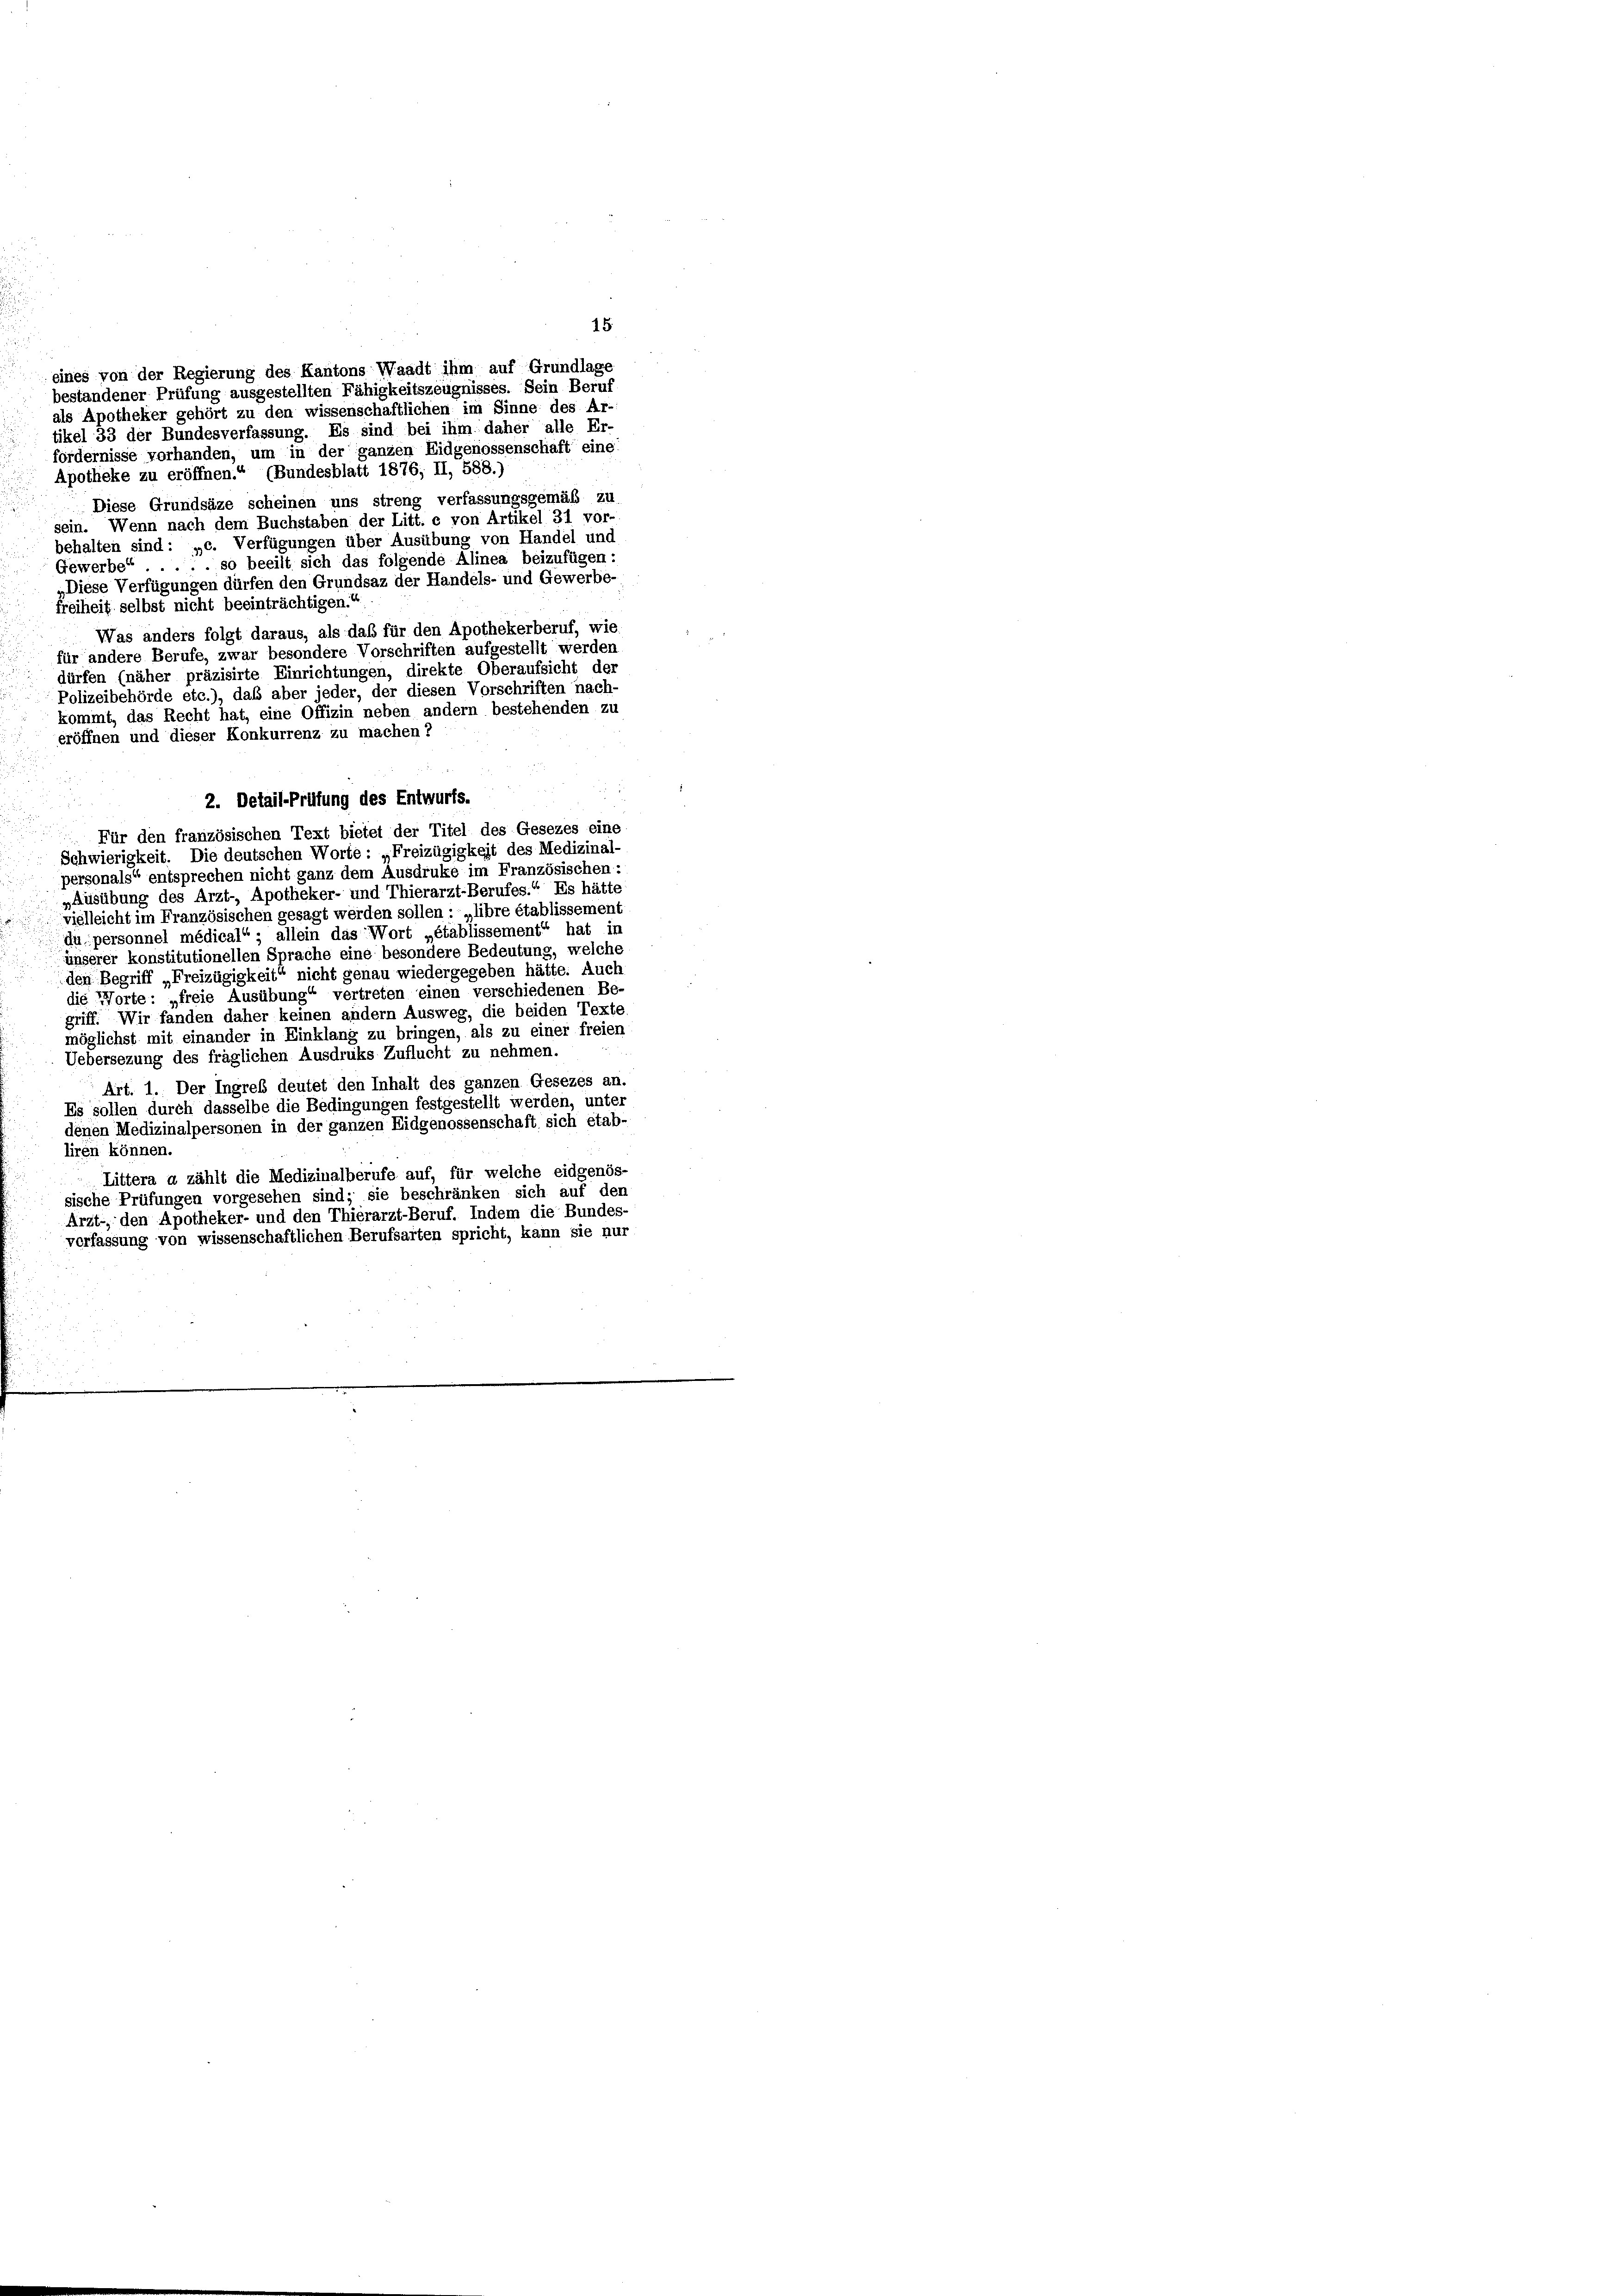
als Apotheker gehört zu den wissenschaftlichen im Sinne des Ar-
tikel 33 der Bundesverfassung. Es sind bei ihm daher alle Er-
fordernisse vorhanden, um in der ganzen Eidgenossenschaft eine
Apotheke zu eröffnen.“ (Bundesblatt 1876; II, 588.)
Diese Grundsäze scheinen uns streng verfassungsgemäß zu
sein. Wenn nach dem Buchstaben der Litt. e von Artikel 31 vor-
behalten sind: „c. Verfügungen über Ausübung von Handel und
Gewerbe . . . so beeilt sich das folgende Alinea beizufügen:
„Diese Verfügungen dürfen den Grundsaz der Handels- und Gewerbe
freiheit selbst nicht beeinträchtigen. E
Was anders folgt daraus, als daß für den Apothekerberuf, wie
für andere Berufe, zwar besondere Vorschriften aufgestellt werden
dürfen (näher präzisirte Einrichtungen, direkte Oberaufsicht der
Polizeibehörde etc.), daß aber jeder, der diesen Vorschriften nach-
kommt, das Recht hat, eine Offizin neben andern bestehenden zu
eröffnen und dieser Konkurrenz zu machen?
2. Detail-Prüfung des Entwurfs.
Für den französischen Text bietet der Titel des Gesezes eine
Schwierigkeit. Die deutschen Worte: „Freizügigkeit des Medizinal-
personals“ entsprechen nicht ganz dem Ausdruke im Französischen:
„Ausübung des Arzt- Apotheker- und Thierarzt-Berufes.“ Es hätte
vielleicht im Französischen gesagt werden sollen : „libre établissement
dui personnel médical“ ; allein das Wort „établissement“ hat in
unserer konstitutionellen Sprache eine besondere Bedeutung, welche
den Begriff „Freizügigkeit“ nicht genau wiedergegeben hätte. Auch
die Worte: „freie Ausübung“ vertreten einen verschiedenen Be-
griff. Wir fanden daher keinen andern Ausweg, die beiden Texte,
möglichst mit einander in Einklang zu bringen, als zu einer freien
Uebersezung des fraglichen Ausdruks Zuflucht zu nehmen.
Art. 1. Der Ingreß deutet den Inhalt des ganzen Gesezes an.
Es sollen durch dasselbe die Bedingungen festgestellt werden, unter
denen Medizinalpersonen in der ganzen Eidgenossenschaft sich etab-
liren können.
Littera a zählt die Medizinalberufe auf, für welche eidgenös-
sische Prüfungen vorgesehen sind; sie beschränken sich auf den
Arzt, den Apotheker- und den Thierarzt-Beruf. Indem die Bundes-
verfassung von wissenschaftlichen Berufsarten spricht, kann sie nur

eines von der Regierung des Kantons Waadt ihm auf Grundlage
bestandener Prüfung ausgestellten Fähigkeitszeugnisses. Sein Beruf

15.